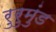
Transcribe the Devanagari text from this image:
रुरुमुंड